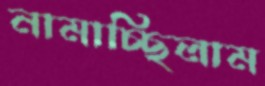
নামাচ্ছিলাম